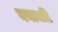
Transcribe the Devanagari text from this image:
यथामति